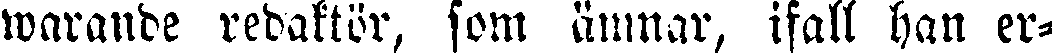
warande redaktör, som ämnar, ifall han er-